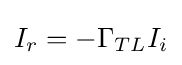
I_{r}=-\Gamma _{TL}I_{i}